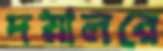
দয়ালরে